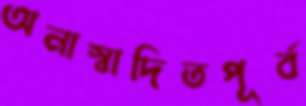
অনাস্বাদিতপূর্ব